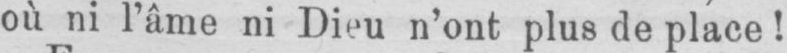
où ni l’âme ni Dieu n’ont plus de place!